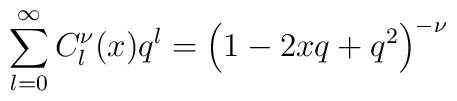
\sum_{l=0}^{\infty} C^{\nu}_{l}(x)q^{l} = \left( 1 -2xq + q^2 \right)^{-\nu}